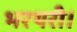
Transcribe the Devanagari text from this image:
भरथरी।